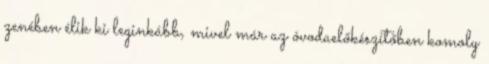
zenében élik ki leginkább, mivel már az óvodaelőkészítőben komoly